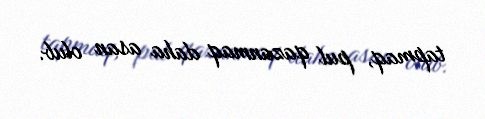
tapmaq, pul qazanmaq daha asan olub.